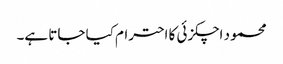
محمود اچکزئی کا احترام کیا جاتا ہے۔